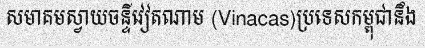
សមាគមស្វាយចន្ទីវៀតណាម (Vinacas)ប្រទេសកម្ពុជានឹង